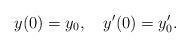
LaTeX: \begin{align*} y(0)=y_0,\quad{} y'(0)=y'_0.\end{align*}